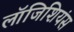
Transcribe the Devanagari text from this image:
लॉजिशियंस